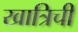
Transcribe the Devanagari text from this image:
खात्रिची